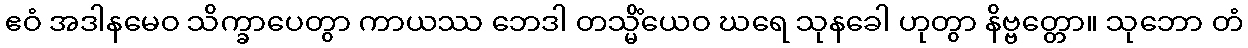
ဧဝံ အဒါနမေဝ သိက္ခာပေတွာ ကာယဿ ဘေဒါ တသ္မိံယေဝ ဃရေ သုနခေါ ဟုတွာ နိဗ္ဗတ္တော။ သုဘော တံ